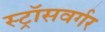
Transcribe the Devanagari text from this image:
स्ट्रॉसवर्गर